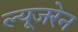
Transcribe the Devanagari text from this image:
ल्यूजरेन